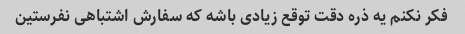
فکر نکنم یه ذره دقت توقع زیادی باشه که سفارش اشتباهی نفرستین